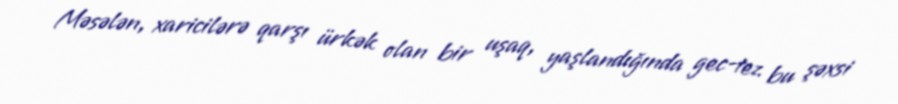
Məsələn, xaricilərə qarşı ürkək olan bir uşaq, yaşlandığında gec-tez bu şəxsi